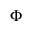
\Phi